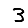
Digit: 3